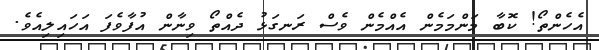
އެހެންތޯ! ކޮބާ މަންމަމެން އެއްމެން ވެސް ރަނގަޅު ދެއްތޯ ވިނާން އުފާވެފަ އަހައިލިއެވެ.